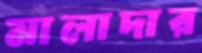
মালাদার